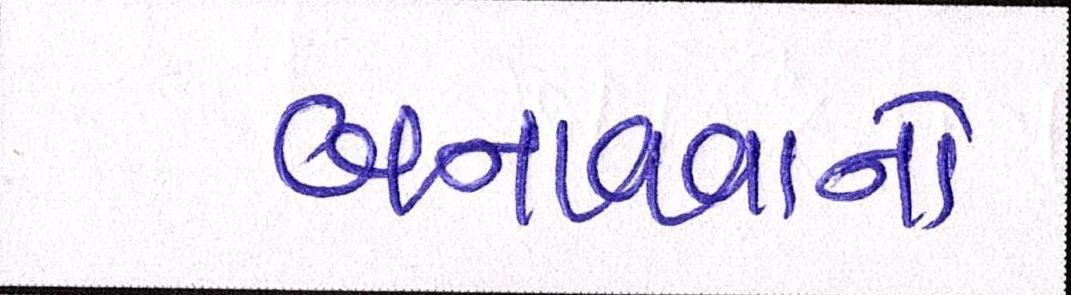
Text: બનાવવાનો